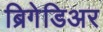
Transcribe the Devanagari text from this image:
ब्रिगेडिअर